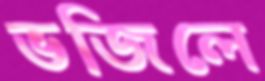
ভজিলে